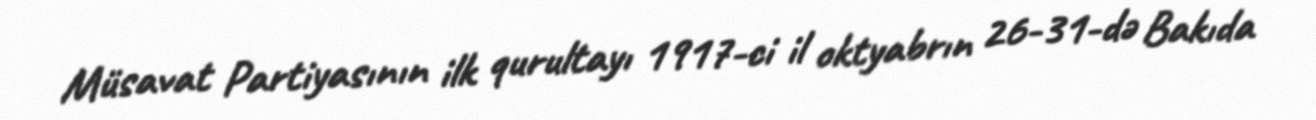
Müsavat Partiyasının ilk qurultayı 1917-ci il oktyabrın 26-31-də Bakıda